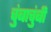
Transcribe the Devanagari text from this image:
चुंबाचुंबी